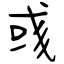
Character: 彧